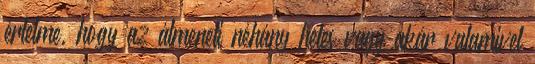
értelme, hogy az átmeneti néhány hetes vagy akár valamivel